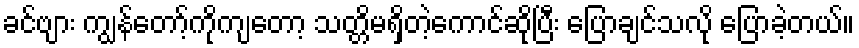
ခင်ဗျား ကျွန်တော့်ကိုကျတော့ သတ္တိမရှိတဲ့ကောင်ဆိုပြီး ပြောချင်သလို ပြောခဲ့တယ်။